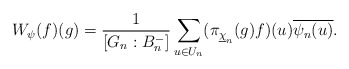
\begin{align*} W_{\psi}(f)(g)=\frac{1}{[G_n:B_{n}^{-}]}\sum_{u\in U_n}(\pi_{\underline{\chi}_n}(g)f)(u)\overline{\psi_n(u)}.\end{align*}